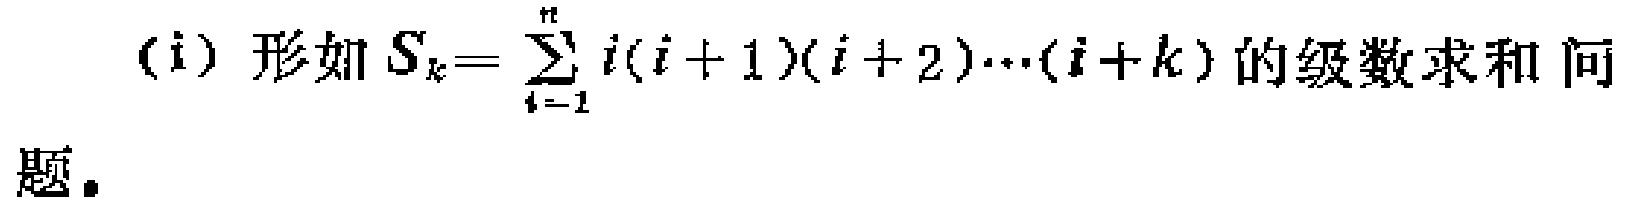
(i) 形如 \(S_{k}=\sum_{i = 1}^{n}i(i + 1)(i + 2)\cdots(i + k)\) 的级数求和问题。